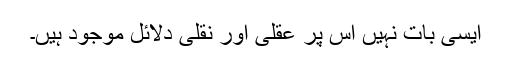
ایسی بات نہیں اس پر عقلی اور نقلی دلائل موجود ہیں۔